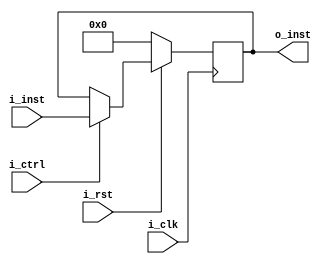
`timescale 1ns / 1ps
//////////////////////////////////////////////////////////////////////////////////
// Company: 
// Engineer: 
// 
// Design Name: 
// Module Name: IF_ID_reg
// Project Name: 
// Target Devices: 
// Tool Versions: 
// Description: 
// 
// Dependencies: 
// 
// Revision:
// Revision 0.01 - File Created
// Additional Comments:
// 
//////////////////////////////////////////////////////////////////////////////////


module IF_ID_reg (
    input wire i_clk,
    input wire i_rst,
    input wire i_ctrl,
    input wire [31:0] i_inst,

    output wire [31:0] o_inst
);
  reg [31:0] inst;
  always @(posedge i_clk) begin
    if (!i_rst) begin
      inst <= 32'b0;
    end 
    else if (i_ctrl) begin
      inst <= i_inst;
    end 
    else begin
      // nothing
    end
  end
  
  assign o_inst = inst;
endmodule